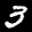
Label: 3